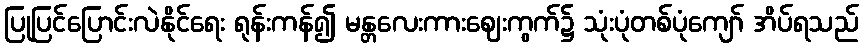
ပြုပြင်ပြောင်းလဲနိုင်ရေး ရုန်းကန်၍ မန္တလေးကားဈေးကွက်၌ သုံးပုံတစ်ပုံကျော် အိပ်ရသည်